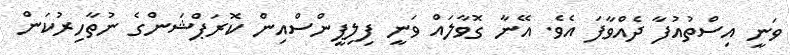
ވަނީ އިސްތުއުފާ ދެއްވާފަ އެވެ. އޭނާ ގޮވާލައް ވަނީ ފިލިޕީންސްއިން ކޮރަޕްޝަންގެ ނުތާހިރުކަން